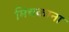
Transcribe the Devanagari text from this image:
मिचकाना